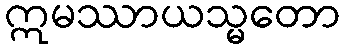
ဣမဿာယသ္မတော